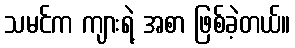
သမင်က ကျားရဲ့ အစာ ဖြစ်ခဲ့တယ်။